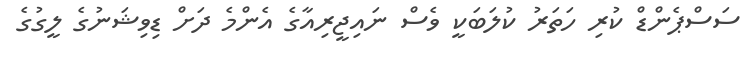
ސަސްޕެންޑް ކުރި ހަތަރު ކުލަބަކީ ވެސް ނައިޖީރިއާގެ އެންމެ ދަށް ޑިވިޝަނުގެ ލީގުގެ